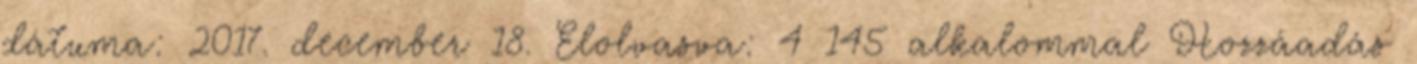
dátuma: 2017. december 18. Elolvasva: 4 145 alkalommal Hozzáadás